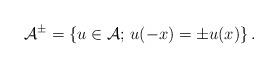
LaTeX: \begin{align*}\mathcal{A}^\pm = \left\{ u \in \mathcal{A} ; \, u(-x) = \pm u(x) \right\}.\end{align*}